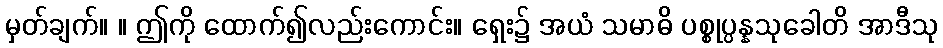
မှတ်ချက်။ ။ ဤကို ထောက်၍လည်းကောင်း။ ရှေး၌ အယံ သမာဓိ ပစ္စုပ္ပန္နသုခေါတိ အာဒီသု